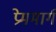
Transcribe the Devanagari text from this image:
प्रेममार्ग